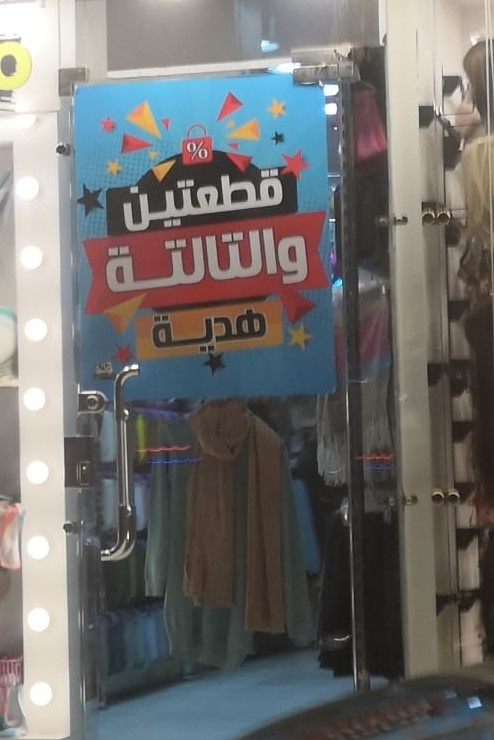
Text in image: قطعتين والتالتة هدية